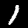
Label: 1